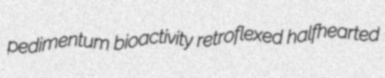
pedimentum bioactivity retroflexed halfhearted